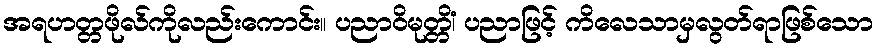
အရဟတ္တဖိုလ်ကိုလည်းကောင်း။ ပညာဝိမုတ္တိံ၊ ပညာဖြင့် ကိလေသာမှလွတ်ရာဖြစ်သော